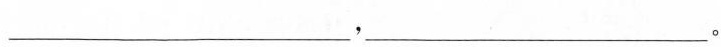
___，___。